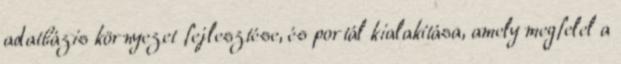
adatbázis környezet fejlesztése, és portál kialakítása, amely megfelel a